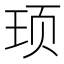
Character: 顼